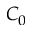
C _ { 0 }